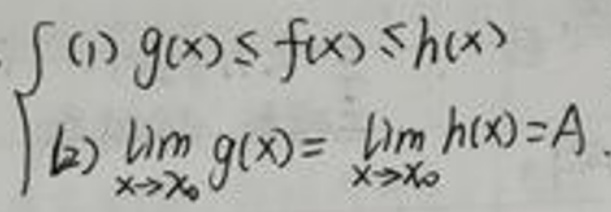
\[
\begin{cases}
(1)\ g(x)\leq f(x)\leq h(x)\\
(2)\ \lim_{x\rightarrow x_0}g(x)=\lim_{x\rightarrow x_0}h(x)=A
\end{cases}
\]